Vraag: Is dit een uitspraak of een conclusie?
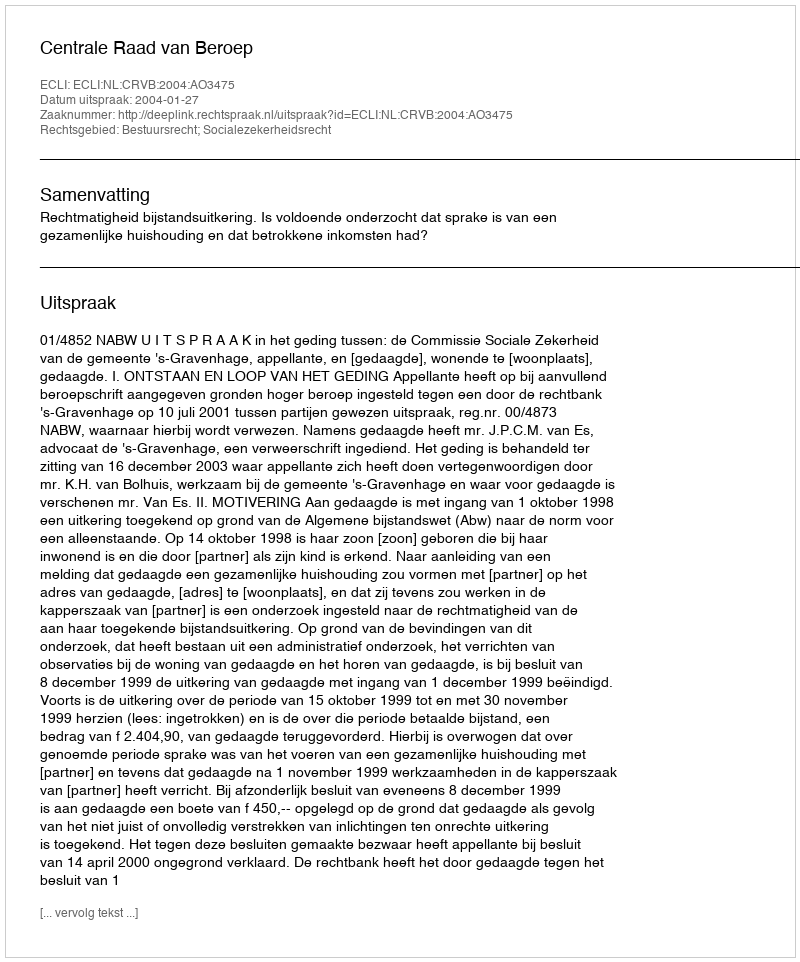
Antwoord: Uitspraak